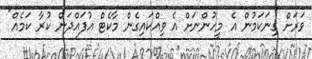
ވަރަށް ގިނަކަމުން އެ މީހުންނަށް އެ ވިއްކައިގެން މާކެޓް އުފައްދަން ކުރާ ކަމެއް"